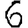
Digit: 6